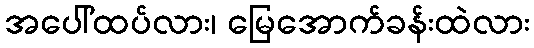
အပေါ်ထပ်လား၊ မြေအောက်ခန်းထဲလား